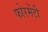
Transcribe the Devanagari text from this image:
फोरमेंटी